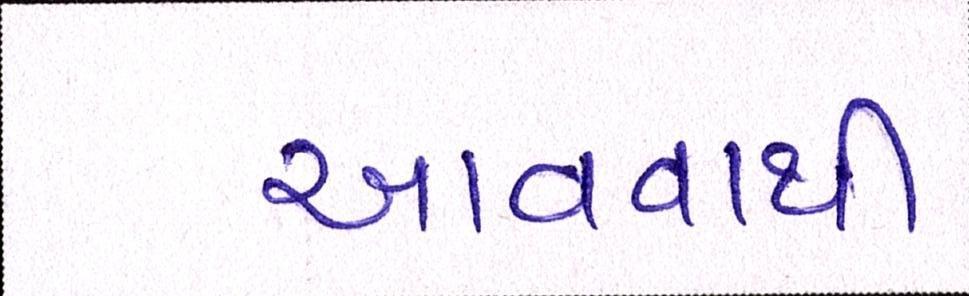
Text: આવવાથી